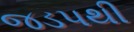
જડપથી